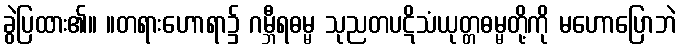
ခွဲပြထား၏။ ။တရားဟောရာ၌ ဂမ္ဘီရဓမ္မ သုညတပဋိသံယုတ္တဓမ္မတို့ကို မဟောပြောဘဲ